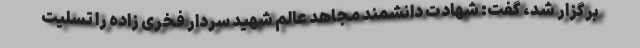
برگزار شد، گفت: شهادت دانشمند مجاهد عالم شهید سردار فخری زاده را تسلیت